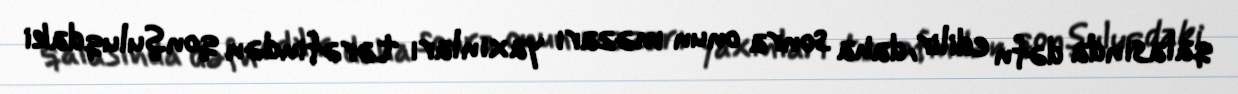
qalasında dəfn edilir, daha sonra onun məzarı yaxınları tərəfindən qonşuluqdaki